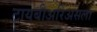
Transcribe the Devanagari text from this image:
टायबीअरिअसला